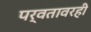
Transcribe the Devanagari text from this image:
पर्वतावरही